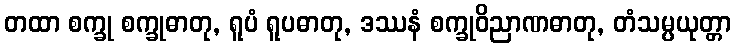
တထာ စက္ခု စက္ခုဓာတု, ရူပံ ရူပဓာတု, ဒဿနံ စက္ခုဝိညာဏဓာတု, တံသမ္ပယုတ္တာ